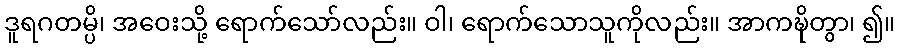
ဒူရဂတမ္ပိ၊ အဝေးသို့ ရောက်သော်လည်း။ ဝါ၊ ရောက်သောသူကိုလည်း။ အာကဍ္ဎိတွာ၊ ၍။